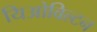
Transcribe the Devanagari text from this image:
यिओविल्टन